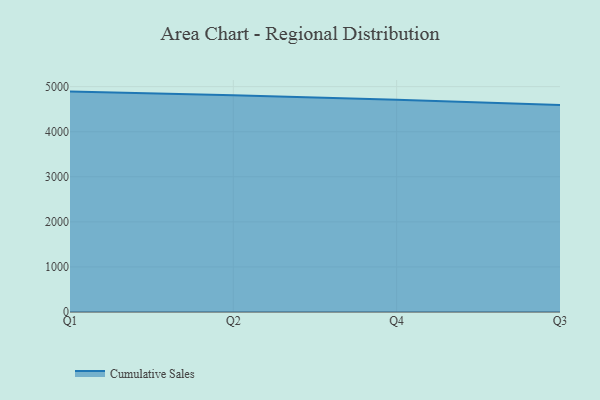
{"axis": {"x": "Quarter", "y": "Tickets Resolved"}, "legend": ["Cumulative Sales"], "data": [{"x": "Q1", "y": 4889.9, "type": "Cumulative Sales"}, {"x": "Q2", "y": 4809.4, "type": "Cumulative Sales"}, {"x": "Q4", "y": 4706.6, "type": "Cumulative Sales"}, {"x": "Q3", "y": 4594.4, "type": "Cumulative Sales"}]}